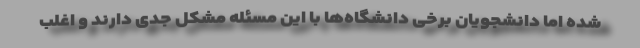
شده اما دانشجویان برخی دانشگاه‌ها با این مسئله مشکل جدی دارند و اغلب